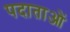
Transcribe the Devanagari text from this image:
पदाताओं